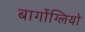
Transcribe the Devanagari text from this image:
बार्गोग्लियो